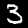
Label: 3